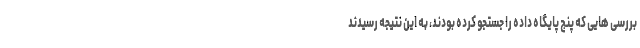
بررسی هایی که پنج پایگاه داده را جستجو کرده بودند، به این نتیجه رسیدند